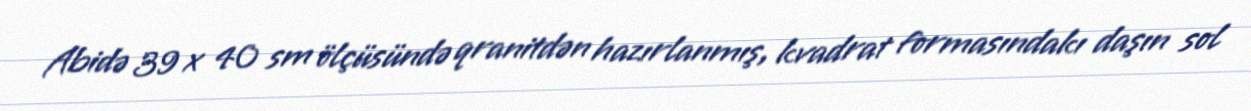
Abidə 39 x 40 sm ölçüsündə qranitdən hazırlanmış, kvadrat formasındakı daşın sol